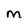
Character: M